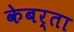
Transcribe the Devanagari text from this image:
केबर्ता